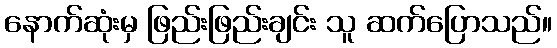
နောက်ဆုံးမှ ဖြည်းဖြည်းချင်း သူ ဆက်ပြောသည်။